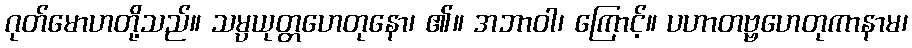
ဂုတ်မောဟတို့သည်။ သမ္ပယုတ္တဟေတုနော၊ ၏။ အဘာဝါ၊ ကြောင့်။ ပဟာတဗ္ဗဟေတုကာနာမ၊